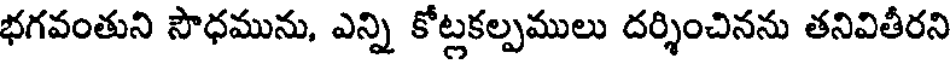
భగవంతుని సౌధమును, ఎన్ని కోట్లకల్పములు దర్శించినను తనివితీరని